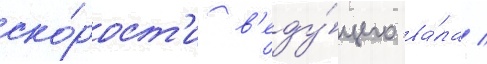
ско́рост'и в'еду́щего ва́ла /